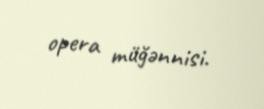
opera müğənnisi.